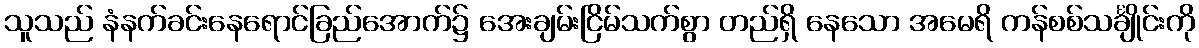
သူသည် နံနက်ခင်းနေရောင်ခြည်အောက်၌ အေးချမ်းငြိမ်သက်စွာ တည်ရှိ နေသော အမေရိ ကန်စစ်သင်္ချိုင်းကို